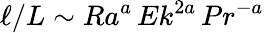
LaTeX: \ell/L\sim Ra^{a}\, Ek^{2a}\, Pr^{-a}